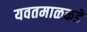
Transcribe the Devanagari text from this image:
यवतमाळकडे